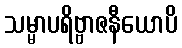
သမ္မာပရိဗ္ဗာဇနီယောပိ